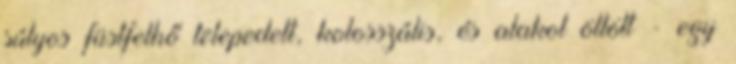
súlyos füstfelhő telepedett, kolosszális, és alakot öltött - egy